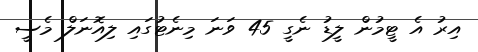
އިރު އެ ޓީމުން ލީޑު ނެގީ 45 ވަނަ މިނެޓުގައި ލިއޮނަލް މެސީ